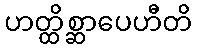
ဟတ္ထိစ္ဆာပေဟီတိ